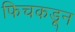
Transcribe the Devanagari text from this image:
फिचकडून